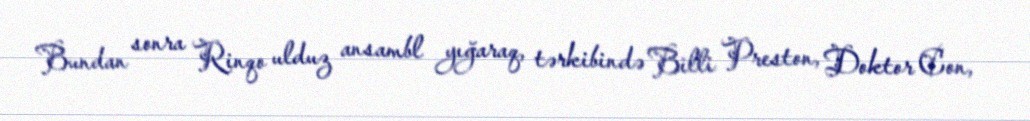
Bundan sonra Rinqo ulduz ansambl yığaraq, tərkibində Billi Preston, Doktor Con,